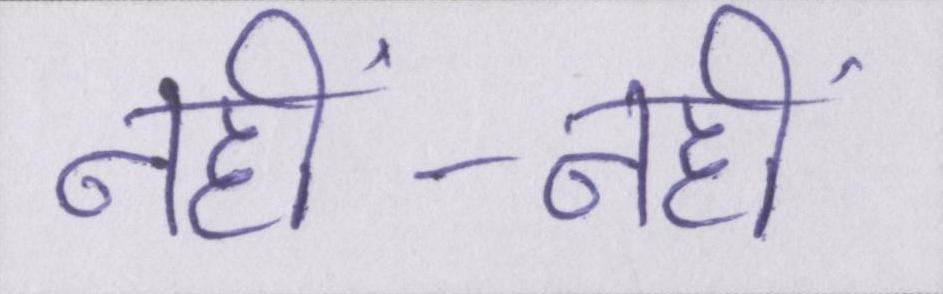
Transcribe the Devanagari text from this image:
नहीं-नहीं